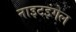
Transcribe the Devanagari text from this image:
नाइटइंगेल